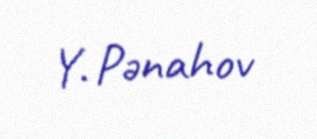
Y. Pənahov